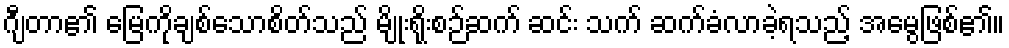
ဂျီတာ၏ မြေကိုချစ်သောစိတ်သည် မျိုးရိုးစဉ်ဆက် ဆင်း သက် ဆက်ခံလာခဲ့ရသည့် အမွေဖြစ်၏။